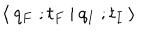
LaTeX: \: \langle \: q _ { F } \; ; t _ { F } \: | \: q _ { I } \; ; t _ { I } \: \rangle \: